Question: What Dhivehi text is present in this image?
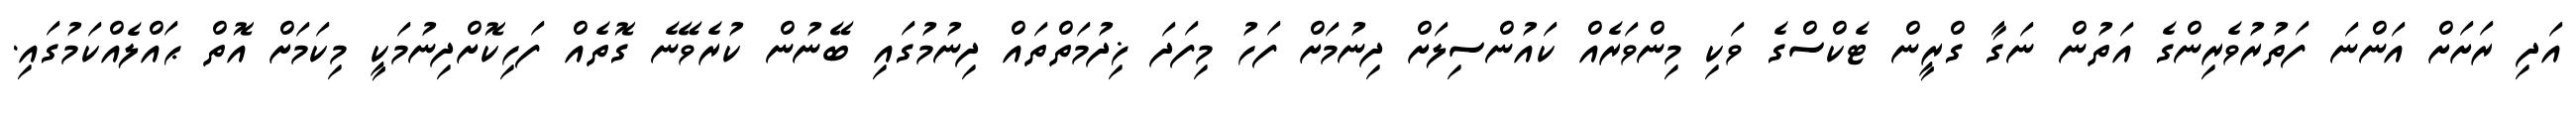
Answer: އަދި ރަށަށް އަންނަ ފަތުރުވެރިންގެ އަތުން ނަގާ ގްރީން ޓެކްސްގެ ވަކި މިންވަރެއް ކައުންސިލަށް ދިނުމަށް ފަހު މިފަދަ ޚިދުމަތްތައް ދިނުމުގައި ބޭނުން ކުރެވޭނެ ގޮތެއް ފަހިކޮށްދިނުމަކީ މިކަމަށް އޮތް ޙައްލެއްކަމުގައި.